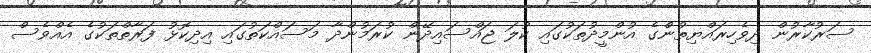
ސަރުކާރުން ދިވެހިރައްޔިތުންގެ އުންމީދުތަކުގައި ކުލަ ޖައްސައިދޭން ކުރަމުންދާ މަސައްކަތުގައި އިދިކޮޅު ފަރާތްތަކުގެ އެއްވެސް